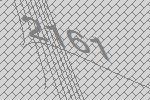
2161